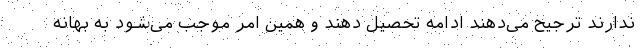
ندارند ترجیح می‌دهند ادامه تحصیل دهند و همین امر موجب می‌شود به بهانه